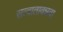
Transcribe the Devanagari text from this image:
सत्वातावन्नवा